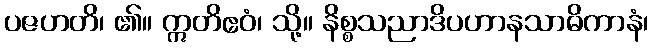
ပဇဟတိ၊ ၏။ ဣတိဧဝံ၊ သို့။ နိစ္စသညာဒိပဟာနသာဓိကာနံ၊